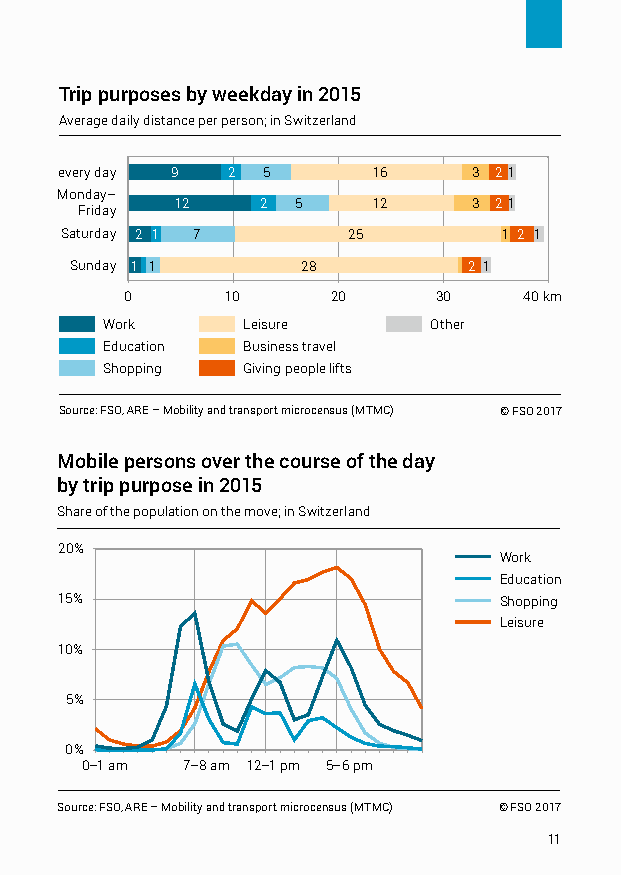
Trip purposes by weekday in 2015
 Average daily distance per person; in Switzerland
 every day 9 2 5      16    3 2 1
 Monday–
 12   2  5    12    3 2 1
 Friday
 Saturday 2 1 7     25        1 2 1
 Sunday 1 1     28         2 1
 0      10     20     30    40 km
 Work     Leisure     Other
 Education Business travel
 Shopping Giving people lifts
 Source: FSO, ARE – Mobility and transport microcensus (MTMC) © FSO 2017
 Mobile persons over the course of the day
 by trip purpose in 2015
 Share of the population on the move; in Switzerland
 20%
 Work
 Education
 15%                          Shopping
 Leisure
 10%
 5%
 0%
 0–1 am 7–8 am 12–1 pm 5–6 pm
 Source: FSO, ARE – Mobility and transport microcensus (MTMC) © FSO 2017
 11